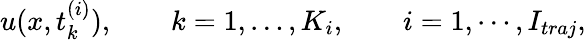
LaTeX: u(x,t_{k}^{(i)}),\qquad k=1,\dots,K_{i},\qquad i=1,\cdots,I_{traj},